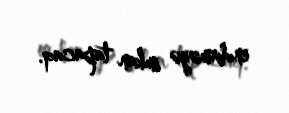
endirməyə imkan tapacaq.